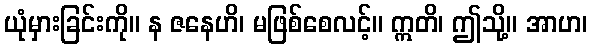
ယုံမှားခြင်းကို။ န ဇနေဟိ၊ မဖြစ်စေလင့်။ ဣတိ၊ ဤသို့။ အာဟ၊